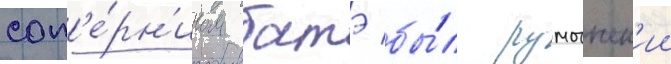
соп'е́рн'иком батэ бы́л румынск'ии